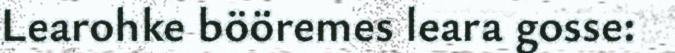
Learohke bööremes leara gosse: